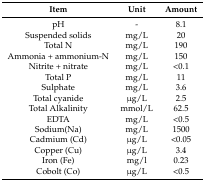
<table><thead><tr><td><b>Item</b></td><td><b>Unit</b></td><td><b>Amount</b></td></tr></thead><tbody><tr><td>pH</td><td>-</td><td>8.1</td></tr><tr><td>Suspended solids</td><td>mg/L</td><td>20</td></tr><tr><td>Total N</td><td>mg/L</td><td>190</td></tr><tr><td>Ammonia + ammonium-N</td><td>mg/L</td><td>150</td></tr><tr><td>Nitrite + nitrate</td><td>mg/L</td><td>&lt;0.1</td></tr><tr><td>Total P</td><td>mg/L</td><td>11</td></tr><tr><td>Sulphate</td><td>mg/L</td><td>3.6</td></tr><tr><td>Total cyanide</td><td>μg/L</td><td>2.5</td></tr><tr><td>Total Alkalinity</td><td>mmol/L</td><td>62.5</td></tr><tr><td>EDTA</td><td>mg/L</td><td>&lt;0.5</td></tr><tr><td>Sodium(Na)</td><td>mg/L</td><td>1500</td></tr><tr><td>Cadmium (Cd)</td><td>μg/L</td><td>&lt;0.05</td></tr><tr><td>Copper (Cu)</td><td>μg/L</td><td>3.4</td></tr><tr><td>Iron (Fe)</td><td>mg/l</td><td>0.23</td></tr><tr><td>Cobolt (Co)</td><td>μg/L</td><td>&lt;0.5</td></tr></tbody></table>